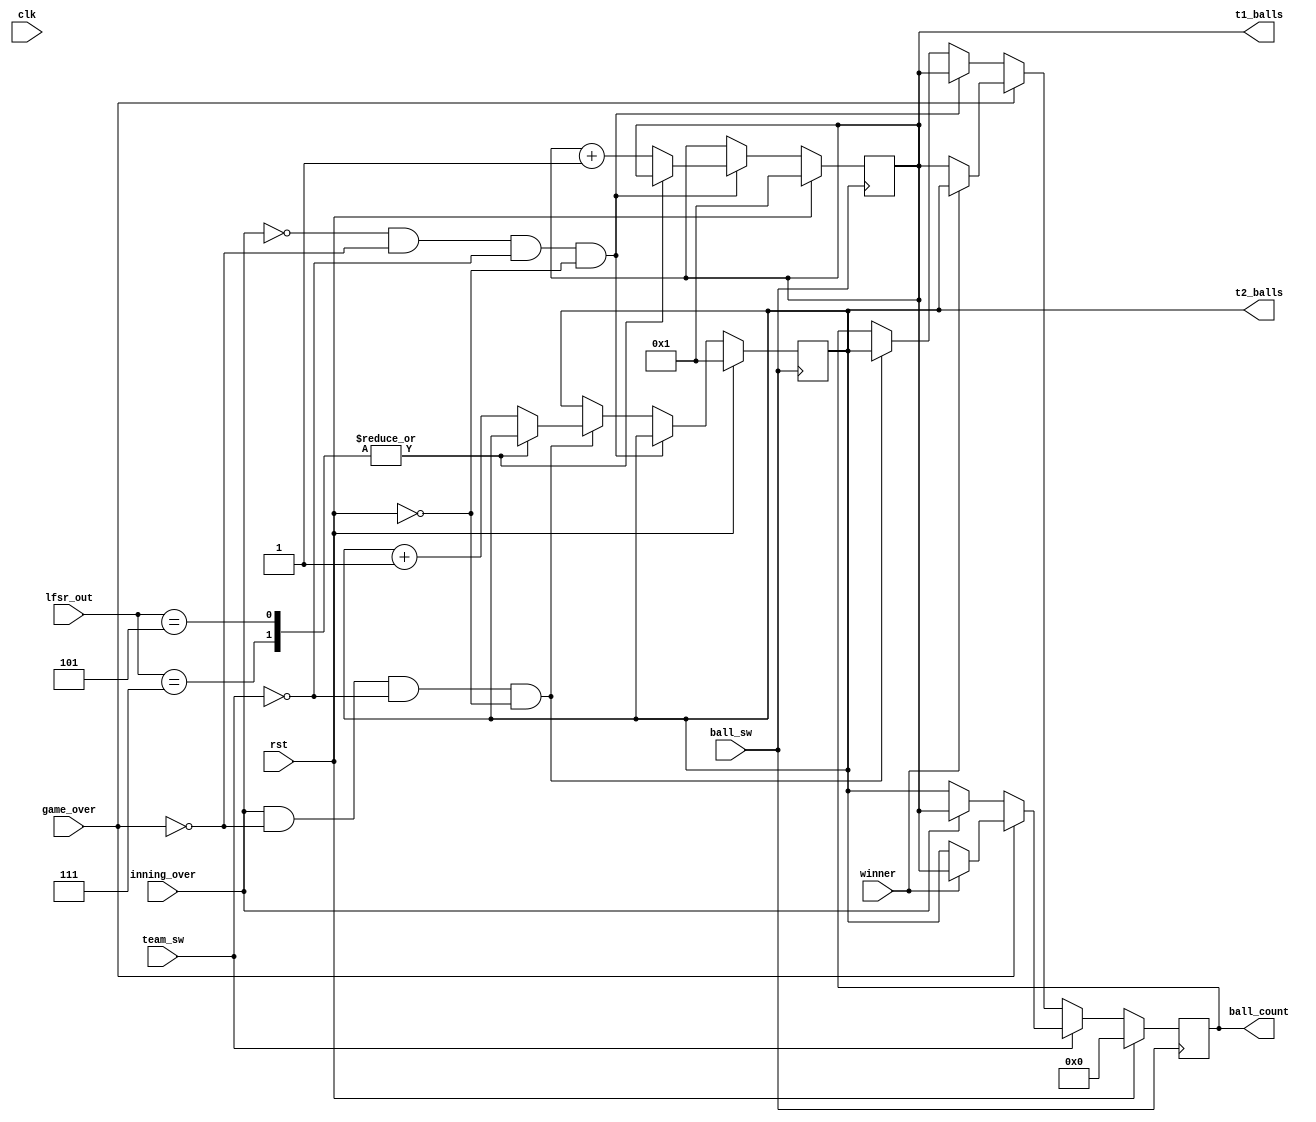
//Module to count the number of deliveries that are bowled (excluding no balls and wides)
`timescale 1ns / 1ps

module ball_counter(
input clk, rst, ball_sw, team_sw, 
input [3:0] lfsr_out,
input inning_over, game_over, winner,
output reg [7:0] ball_count,  //Output register sending data to score_comparator and bcd_control modules
output reg [7:0] t1_balls,    //Register to store Team 1 balls
output reg [7:0] t2_balls     //Register to store Team 2 balls
);

//Count every positive edge of debounced btnU
always @(posedge ball_sw) begin
    //Exclude count when button is pressed in combination with reset or team switch
    if(~inning_over && ~game_over && ~team_sw && ~rst) begin 
        case (lfsr_out)
            5,7:     t1_balls <= t1_balls;       //Do not count no balls and wides
            default: t1_balls <= t1_balls +1'd1;
        endcase
        ball_count <= t1_balls;
    end
    else if(inning_over && ~game_over && ~team_sw && ~rst) begin
        case (lfsr_out)
            5,7:     t2_balls <= t2_balls;       //Do not count no balls and wides
            default: t2_balls <= t2_balls +1'd1;
        endcase
        ball_count <= t2_balls;
    end
    
    //If game is over, display ball count of team which won
    if(game_over) begin
        if (~winner)
        ball_count <= t1_balls;
        else 
        ball_count <= t2_balls;
    end
    
    //Switching teams back and forth to check ball count by pressing btnD and btnU
    if (team_sw) begin
        if (~game_over) begin
            if (inning_over)
            ball_count <= t1_balls;
            else 
            ball_count <= t2_balls;
        end
        if(game_over) begin
            if (winner)
            ball_count <= t1_balls;
            else 
            ball_count <= t2_balls;
        end 
    end
    
    //Re-inititiallize ball counts if reset
    if(rst) begin
    ball_count <= 8'b0000000;
    t1_balls <= 8'd1;
    t2_balls <= 8'd1;
    end    
end
endmodule